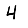
Digit: 4